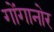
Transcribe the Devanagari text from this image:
गोंगानोर